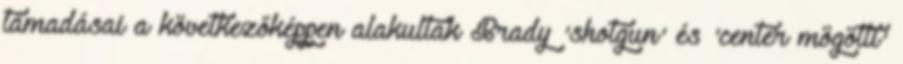
támadásai a következőképpen alakultak Brady 'shotgun' és 'center mögötti'